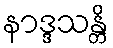
နာဒ္ဒသန္တိ